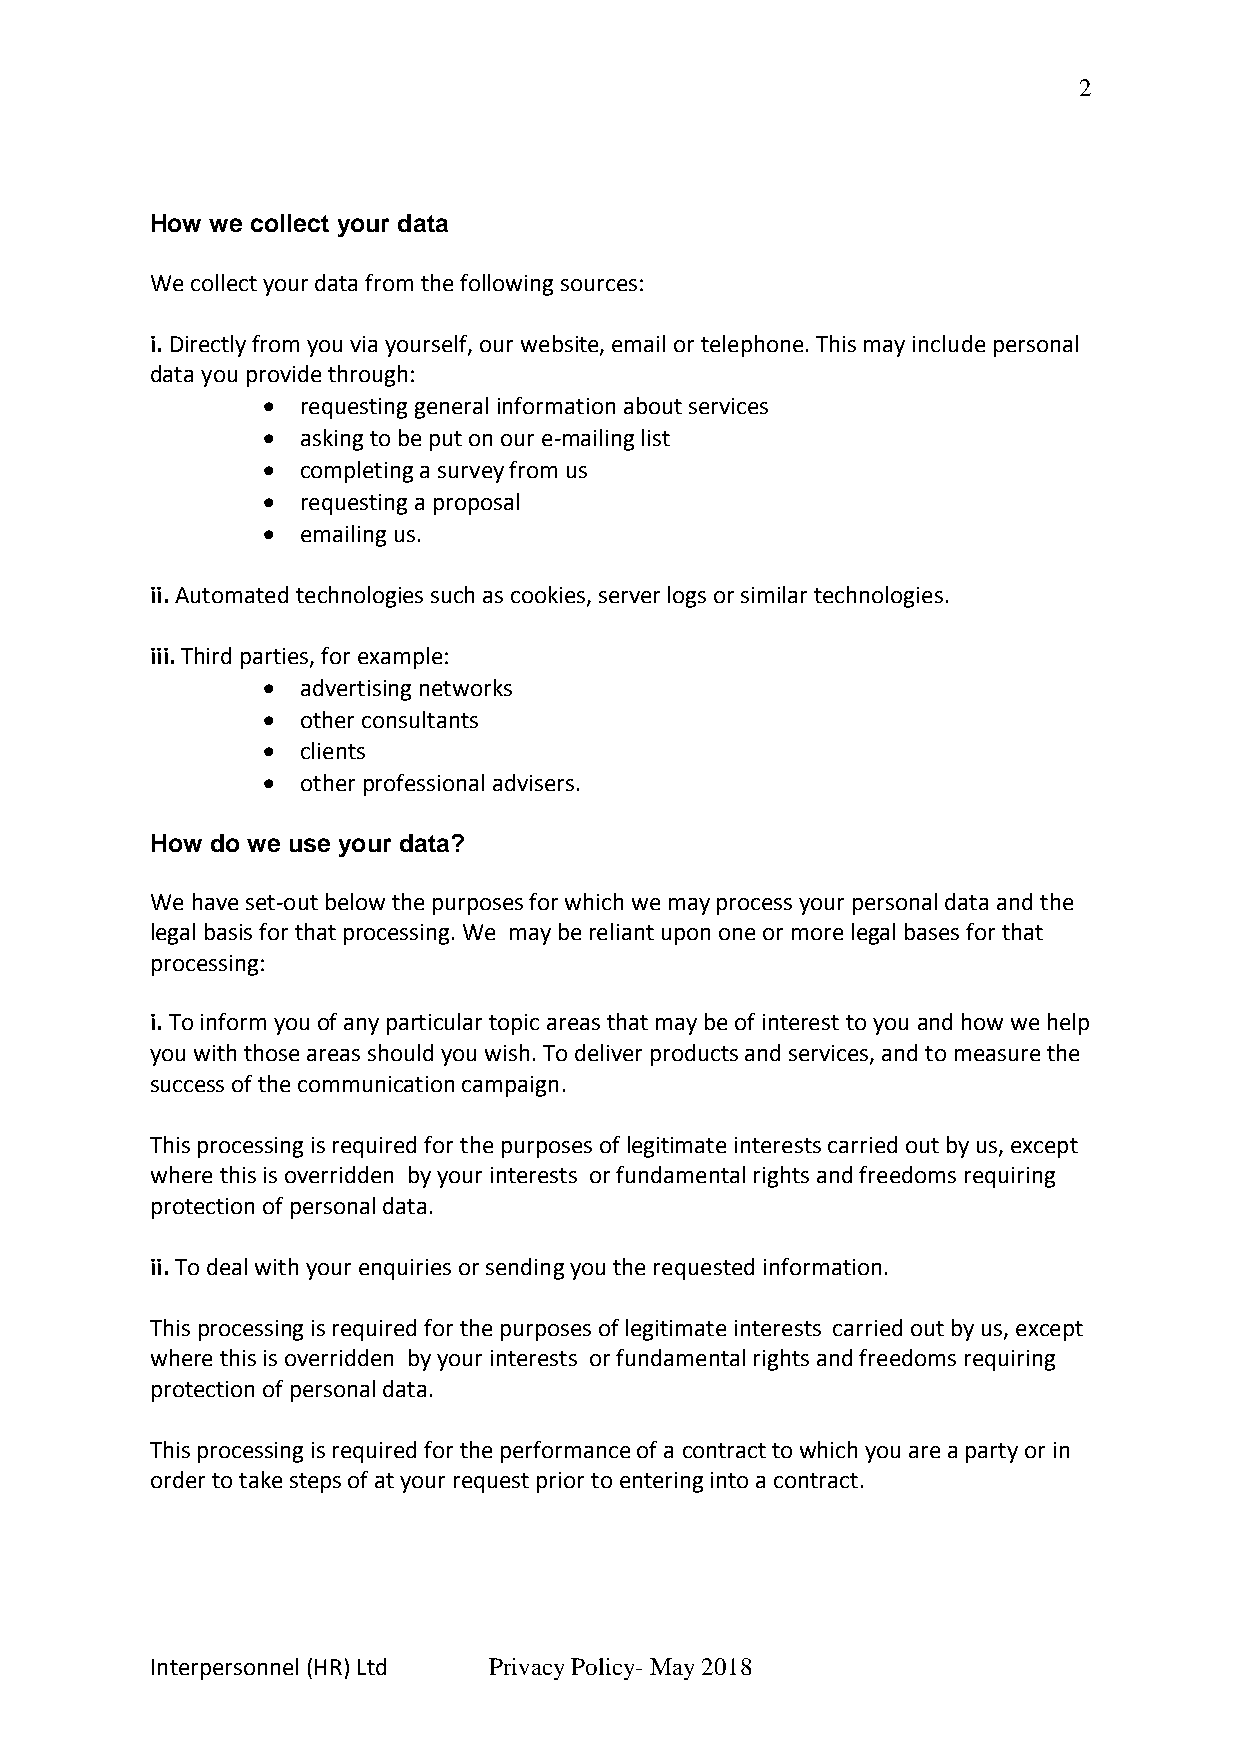
2
 How we collect your data
 We collect your data from the following sources:
 i. Directly from you via yourself, our website, email or telephone. This may include personal
 data you provide through:
   requesting general information about services
   asking to be put on our e-mailing list
   completing a survey from us
   requesting a proposal
   emailing us.
 ii. Automated technologies such as cookies, server logs or similar technologies.
 iii. Third parties, for example:
   advertising networks
   other consultants
   clients
   other professional advisers.
 How do we use your data?
 We have set-out below the purposes for which we may process your personal data and the
 legal basis for that processing. We may be reliant upon one or more legal bases for that
 processing:
 i. To inform you of any particular topic areas that may be of interest to you and how we help
 you with those areas should you wish. To deliver products and services, and to measure the
 success of the communication campaign.
 This processing is required for the purposes of legitimate interests carried out by us, except
 where this is overridden by your interests or fundamental rights and freedoms requiring
 protection of personal data.
 ii. To deal with your enquiries or sending you the requested information.
 This processing is required for the purposes of legitimate interests carried out by us, except
 where this is overridden by your interests or fundamental rights and freedoms requiring
 protection of personal data.
 This processing is required for the performance of a contract to which you are a party or in
 order to take steps of at your request prior to entering into a contract.
 Interpersonnel (HR) Ltd Privacy Policy- May 2018